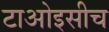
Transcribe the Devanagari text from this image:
टाओइसीच